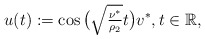
\begin{align*}u(t) := \cos\big(\sqrt{\tfrac{\nu^{\ast}}{\rho_{2}}} t\big) v^{\ast}, t \in \mathbb{R}, \end{align*}